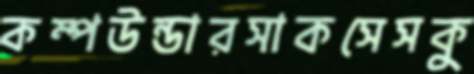
কম্পউন্ডারসাকসেসকু